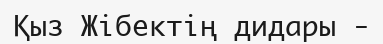
Қыз Жібектің дидары -